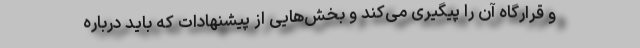
و قرارگاه آن را پیگیری می‌کند و بخش‌هایی از پیشنهادات که باید درباره